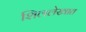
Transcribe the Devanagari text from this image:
शिललेखात